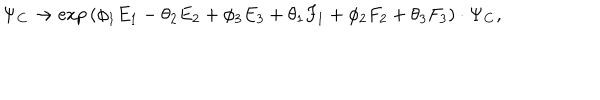
\Psi _ { \bf C } \rightarrow \exp { ( \phi _ { 1 } E _ { 1 } - \theta _ { 2 } E _ { 2 } + \phi _ { 3 } E _ { 3 } + \theta _ { 1 } F _ { 1 } + \phi _ { 2 } F _ { 2 } + \theta _ { 3 } F _ { 3 } ) } \cdot \Psi _ { \bf C } ,